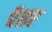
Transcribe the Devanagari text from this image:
पैसर